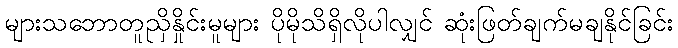
များသဘောတူညှိနှိုင်းမူများ ပိုမိုသိရှိလိုပါလျှင် ဆုံးဖြတ်ချက်မချနိုင်ခြင်း